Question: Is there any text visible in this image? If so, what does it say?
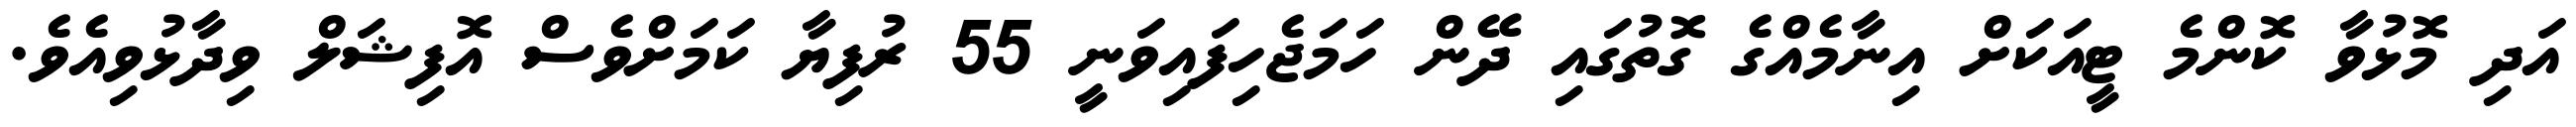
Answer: އަދި މޮޅުވާ ކޮންމެ ޓީއަކަށް އިނާމެއްގެ ގޮތުގައި ދޭން ހަމަޖެހިފައިވަނީ 55 ރުފިޔާ ކަމަށްވެސް އޮފިޝަލް ވިދާޅުވިއެވެ.